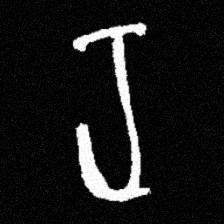
Pyu character \u2014 Myanmar letter: ရ (romanized: ra)